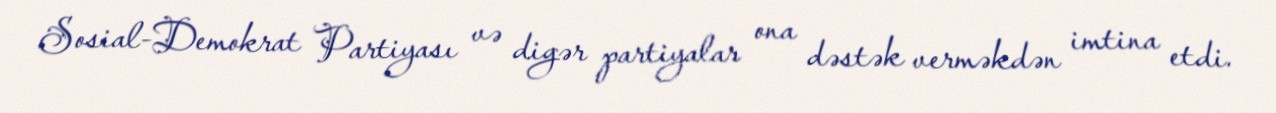
Sosial-Demokrat Partiyası və digər partiyalar ona dəstək verməkdən imtina etdi.